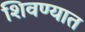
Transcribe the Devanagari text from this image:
शिवण्यात